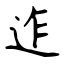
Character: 迮